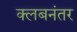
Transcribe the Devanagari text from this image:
क्लबनंतर